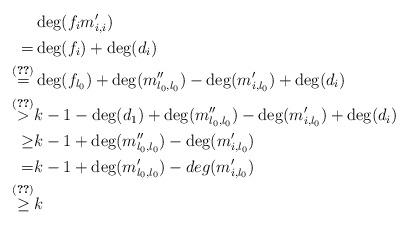
LaTeX: \begin{align*} &\deg(f_i m'_{i,i})\\=&\deg(f_i)+\deg(d_i)\\\overset{(\ref{identity0})}{=}&\deg(f_{l_0})+\deg(m''_{l_0,l_0})-\deg(m'_{i,l_0})+\deg(d_i)\\\overset{(\ref{identity2})}{>}&k-1-\deg(d_1)+\deg(m''_{l_0,l_0})-\deg(m'_{i,l_0})+\deg(d_i)\\\geq& k-1+\deg(m''_{l_0,l_0})-\deg(m'_{i,l_0})\\=&k-1+\deg(m'_{l_0,l_0})-deg(m'_{i,l_0})\\\overset{(\ref{identity1})}{\geq }&k\end{align*}